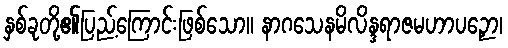
နှစ်ခုတို့၏ပြည့်ကြောင်းဖြစ်သော။ နာဂသေနမိလိန္ဒရာဇမဟာပဉှော၊